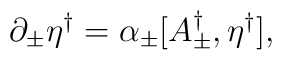
\partial_\pm \eta^\dagger = \alpha_\pm [A_\pm^\dagger, \eta^\dagger],